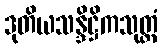
ဒုတိယသန္ဒိဋ္ဌိကသုတ္တံ